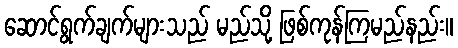
ဆောင်ရွက်ချက်များသည် မည်သို့ ဖြစ်ကုန်ကြမည်နည်း။